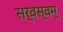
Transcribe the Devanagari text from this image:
सर्वस्वम्